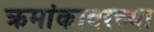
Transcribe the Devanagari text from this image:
क्रमांकावरच्या